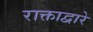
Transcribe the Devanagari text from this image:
राक्ताद्वारे